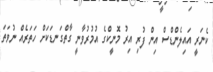
ކެނަރީ އައިލެންޑްސް އިން ފުރި އިރު މޮނީކްގެ އުމުރުވާނީ ގާތްގަނޑަކަށް ހަތަރެއް ނުވަތަ